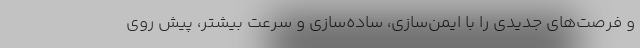
و فرصت‌های جدیدی را با ایمن‌سازی، ساده‌سازی و سرعت بیشتر، پیش روی